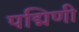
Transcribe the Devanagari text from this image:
पद्मिणी